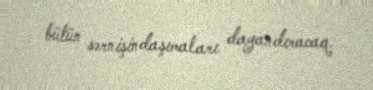
bütün sərnişindaşımaları dayandıracaq.